Lunatic asylums Central Provinces reports 1910-1926 - 1910-1926
Year: 1910
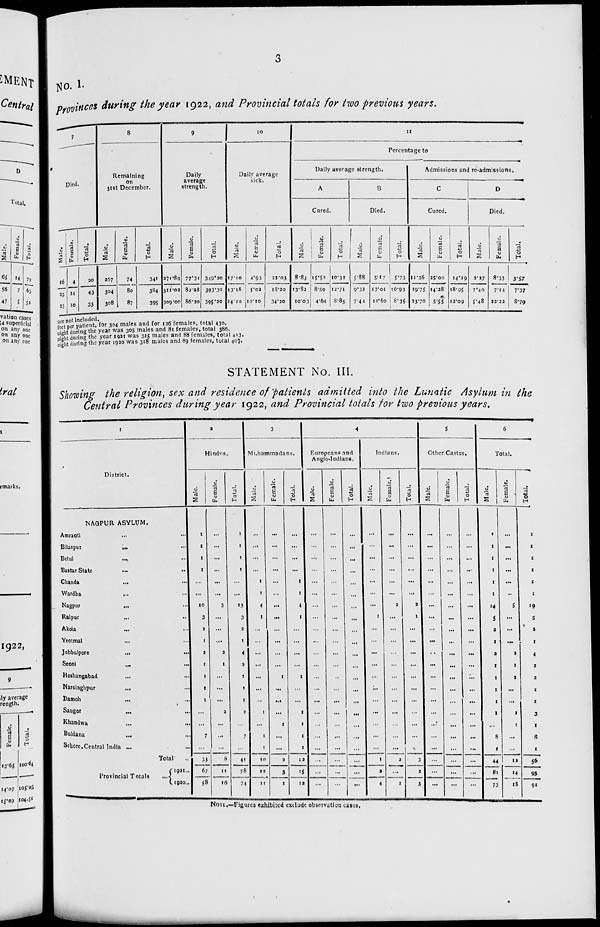
3
No. I.
Provinces during the year 1922, and Provincial totals for two previous years.
7
Died.
Male.
16
29
23
Female.
4
14
10
Total.
20
43
33
8
Remaining
on
31st December.
Male.
267
304
308
Female.
74
80
87
Total.
341
384
395
9
Daily
average
strength.
Male.
271.89
311.02
309.00
Female.
77.31
82.28
86.20
Total.
349.20
393.30
395.20
10
Daily average
sick.
Male.
17.10
13.18
24.10
Female.
4.93
5.02
10.10
Total.
22.03
18.20
34.20
11
Percentage to
Daily average strength.
A
Cured.
Male.
8.83
13.82
10.03
Female.
15.52
8.50
4.64
Total.
10.31
12.71
8.85
B
Died.
Male.
5.88
9.32
7.44
Female.
5.17
17.01
11.60
Total.
5.73
10.93
8.35
Admissions and re-admissions.
C
Cured.
Male.
11.36
19.75
13.70
Female.
25.00
14.28
5.55
Total.
14.29
18.95
12.09
D
Died.
Male.
2.27
7.40
5.48
Female.
8.33
7.14
22.22
Total.
3.57
7.37
8.79
are not included.
feet per patient, for 304 males and for 126 females, total 430.
night during the year was 305 males and 81 females, total 386.
night during the year 1921 was 325 males and 88 females, total 413.
night during the year 1920 was 318 males and 89 females, total 407.
STATEMENT No. III.
Showing the religion, sex and residence of patients admitted into the Lunatic Asylum in the
Central Provinces during year 1922, and Provincial totals for two previous years.
1
District.
NAGPUR ASYLUM.
Amraoti ... ...
Bilaspur
... ...
Betul ... ...
Bastar State ... ...
Chanda ... ...
Wardha ... ...
Nagpur ... ...
Raipur
...
...
Akola ... ...
Yeotmal ... ...
Jubbulpore
...
...
Seoni ... ...
Hoshangabad
... ...
Narsinghpur ... ...
Damoh ... ...
Saugor ... ...
Khandwa
... ...
Buldana ... ...
Sehore, Central India ...
Total ...
Provincial Totals ...
1921 ...
1920 ...
2
Hindus.
Male.
1
1
1
1
...
...
10
3
2
1
2
1
1
1
1
...
...
7
...
33
67
58
Female.
...
...
...
...
...
...
3
...
...
...
2
1
...
...
...
2
...
...
...
8
11
16
Total.
1
1
1
1
...
...
13
3
2
1
4
2
1
1
1
2
...
7
...
41
78
74
3
Muhammadans.
Male.
...
...
...
...
1
1
4
1
...
...
...
...
...
...
...
1
...
1
1
10
12
11
Female.
...
...
...
...
...
...
...
...
...
...
...
...
1
...
...
...
1
...
...
2
3
1
Total.
...
...
...
...
1
1
4
1
...
...
...
...
1
...
...
1
1
1
1
12
15
12
4
Europeans and
Anglo-Indians.
Male.
...
...
...
...
...
...
...
...
...
...
...
...
...
...
...
...
...
...
...
...
...
...
Female.
...
...
...
...
...
...
...
...
...
...
...
...
...
...
...
...
...
...
...
...
...
...
Total.
...
...
...
...
...
...
...
...
...
...
...
...
...
...
...
...
...
...
...
...
...
...
Indians.
Male.
...
...
...
...
...
...
...
1
...
...
...
...
...
...
...
...
...
...
...
1
2
4
Female.
...
...
...
...
...
...
2
...
...
...
...
...
...
...
...
...
...
...
...
2
...
1
Total.
...
...
...
...
...
...
2
1
...
...
...
...
...
...
...
...
...
...
...
3
2
5
5
Other Castes.
Male.
...
...
...
...
...
...
...
...
...
...
...
...
...
...
...
...
...
...
...
...
...
...
Female.
...
...
...
...
...
...
...
...
...
...
...
...
...
...
...
...
...
...
...
...
...
...
Total.
...
...
...
...
...
...
...
...
...
...
...
...
...
...
...
...
...
...
...
...
...
...
6
Total.
Male.
1
1
1
1
1
1
14
5
2
1
2
1
1
1
1
1
...
8
1
44
81
73
Female.
...
...
...
...
...
...
5
...
...
...
2
1
1
...
...
2
1
...
...
12
14
18
Total.
1
1
1
1
1
1
19
5
2
1
4
2
2
1
1
3
1
8
1
56
95
91
NOTE.—Figures exhibited exclude observation cases.